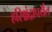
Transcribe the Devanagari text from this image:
हरिश्चंद्रापर्यंत